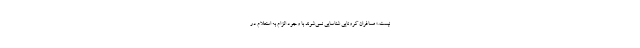
نیست.» مسافران کرونایی شناسایی نمی‌شوند با وجود الزام به استعلام در